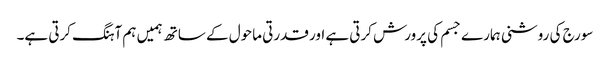
سورج کی روشنی ہمارے جسم کی پرورش کرتی ہے اور قدرتی ماحول کے ساتھ ہمیں ہم آہنگ کرتی ہے۔